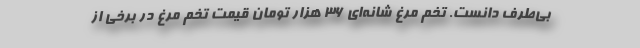
بی‌طرف دانست. تخم مرغ شانه‌ای ۳۶ هزار تومان قیمت تخم مرغ در برخی از